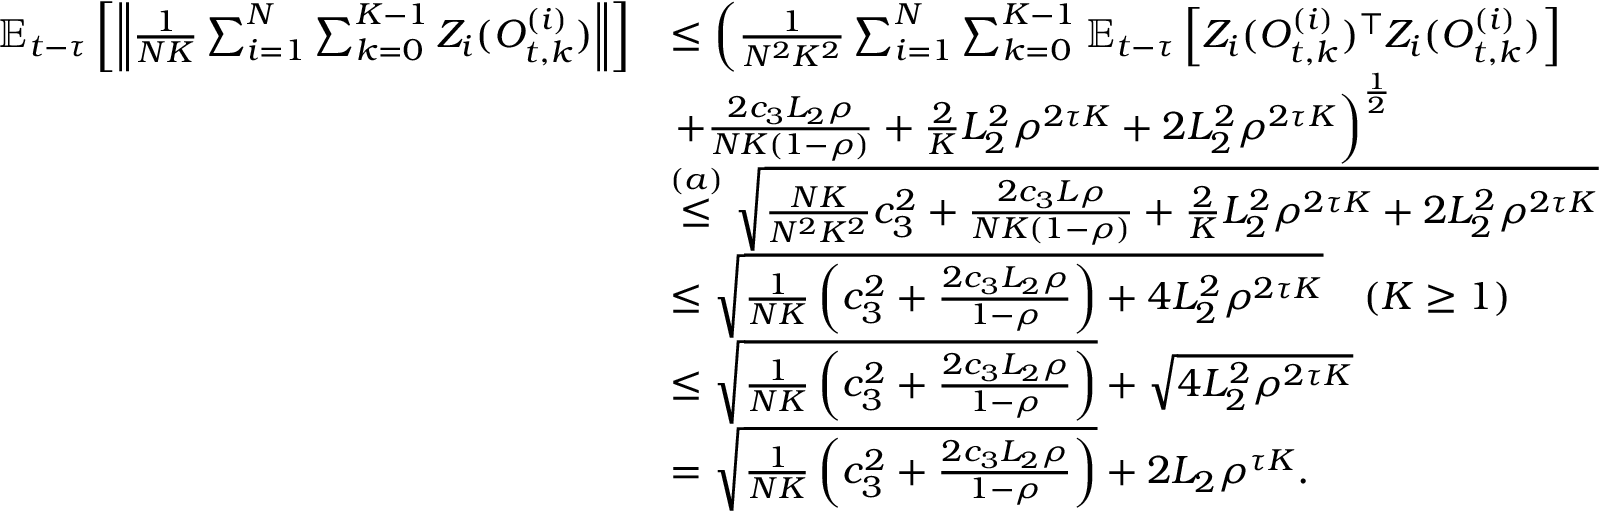
\begin{array} { r l } { \mathbb { E } _ { t - \tau } \left[ \left\| \frac { 1 } { N K } \sum _ { i = 1 } ^ { N } \sum _ { k = 0 } ^ { K - 1 } Z _ { i } ( O _ { t , k } ^ { ( i ) } ) \right\| \right] } & { \le \left( \frac { 1 } { N ^ { 2 } K ^ { 2 } } \sum _ { i = 1 } ^ { N } \sum _ { k = 0 } ^ { K - 1 } \mathbb { E } _ { t - \tau } \left[ Z _ { i } ( O _ { t , k } ^ { ( i ) } ) ^ { \top } Z _ { i } ( O _ { t , k } ^ { ( i ) } ) \right] \right. } \\ & { \left. + \frac { 2 c _ { 3 } L _ { 2 } \rho } { N K ( 1 - \rho ) } + \frac { 2 } { K } L _ { 2 } ^ { 2 } \rho ^ { 2 \tau K } + 2 L _ { 2 } ^ { 2 } \rho ^ { 2 \tau K } \right) ^ { \frac { 1 } { 2 } } } \\ & { \stackrel { ( a ) } { \le } \sqrt { \frac { N K } { N ^ { 2 } K ^ { 2 } } { c _ { 3 } ^ { 2 } } + \frac { 2 c _ { 3 } L \rho } { N K ( 1 - \rho ) } + \frac { 2 } { K } L _ { 2 } ^ { 2 } \rho ^ { 2 \tau K } + 2 L _ { 2 } ^ { 2 } \rho ^ { 2 \tau K } } } \\ & { \le \sqrt { \frac { 1 } { N K } \left( c _ { 3 } ^ { 2 } + \frac { 2 c _ { 3 } L _ { 2 } \rho } { 1 - \rho } \right) + 4 L _ { 2 } ^ { 2 } \rho ^ { 2 \tau K } } \quad ( K \ge 1 ) } \\ & { \le \sqrt { \frac { 1 } { N K } \left( c _ { 3 } ^ { 2 } + \frac { 2 c _ { 3 } L _ { 2 } \rho } { 1 - \rho } \right) } + \sqrt { 4 L _ { 2 } ^ { 2 } \rho ^ { 2 \tau K } } } \\ & { = \sqrt { \frac { 1 } { N K } \left( c _ { 3 } ^ { 2 } + \frac { 2 c _ { 3 } L _ { 2 } \rho } { 1 - \rho } \right) } + 2 L _ { 2 } \rho ^ { \tau K } . } \end{array}